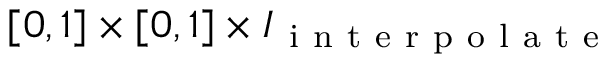
[ 0 , 1 ] \times [ 0 , 1 ] \times I _ { \mathrm { ~ i ~ n ~ t ~ e ~ r ~ p ~ o ~ l ~ a ~ t ~ e ~ } }